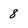
Character: 8